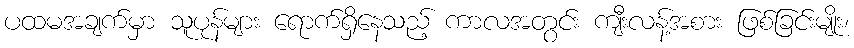
ပထမအချက်မှာ သူပုန်များ ရောက်ရှိနေသည့် ကာလအတွင်း ကျီးလန့်အစား ဖြစ်ခြင်းမျိုး၊